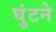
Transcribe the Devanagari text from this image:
घुंटने